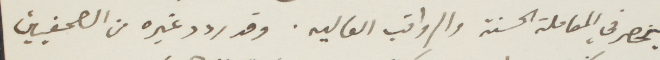
ينحصر في المعاملة الحسنة والرواتب العاليه. وقد ردد غيره من الصحفيين